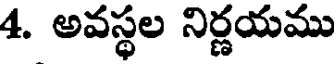
4. అవస్థల నిర్ణయము